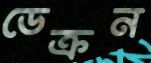
ডেক্রন